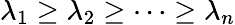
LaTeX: \lambda_{1}\geq\lambda_{2}\geq\cdots\geq\lambda_{n}